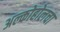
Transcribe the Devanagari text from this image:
अल्कोहोलचा